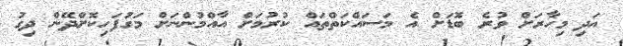
އަދި މިހާރަށް ވުރެ ބޮޑަށް އެ މަސައްކަތްތައް ކުރުމަށް އާއްމުންނަށް މަގުފަހިކޮށްދޭން ދިގު